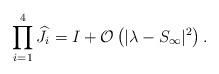
LaTeX: \begin{align*}\prod_{i=1}^4 \widehat{J}_i=I+\mathcal{O}\left(|\lambda-S_\infty|^2 \right).\end{align*}